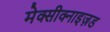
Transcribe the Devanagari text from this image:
मेक्सीक्नाइज़ड